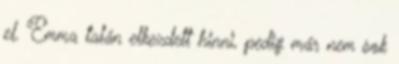
el. Emma talán elkezdett hinni, pedig már nem sok